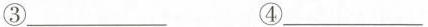
③___ ④___